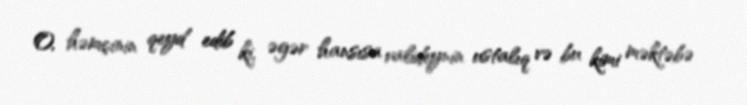
O, həmçinin qeyd edib ki, əgər hansısa valideynin ustalıq və bu kimi məktəbə